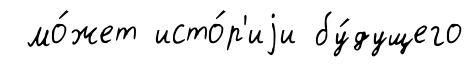
мо́жет исто́р'иjи бу́дущего